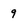
Character: 9